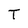
Character: T